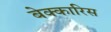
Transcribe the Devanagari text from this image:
बेक्कारिस